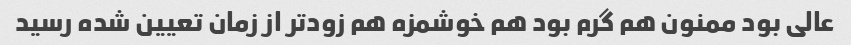
عالی بود ممنون هم گرم بود هم خوشمزه هم زودتر از زمان تعیین شده رسید